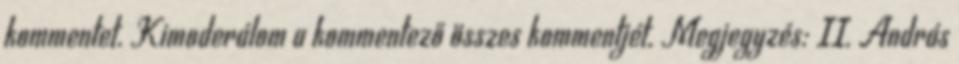
kommentet. Kimoderálom a kommentező összes kommentjét. Megjegyzés: II. András